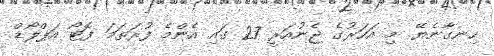
ހިނގާނެޔޭ. މި އަހަރުގެ ޖެނުއަރީ 27 ގައި އެންމެ ފުރަތަމަ ފޮޓޯ އަޕްލޯޑް